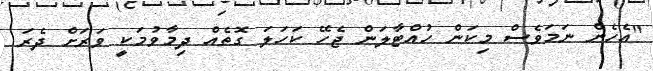
"އެހެން ނަމަވެސް މިކަން ހުއްޓާލަން ޖެހޭ ކަހަލަ ގޮތެއް ދިމާވުމަކީ ވަރަށް ދެރަ